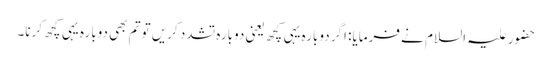
حضور علیہ السلام نے فرمایا: اگر دوبارہ یہی کچھ یعنی دوبارہ تشدد کریں تو تم بھی دوبارہ یہی کچھ کرنا۔